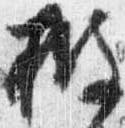
披